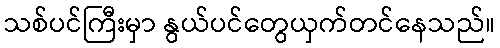
သစ်ပင်ကြီးမှာ နွယ်ပင်တွေယှက်တင်နေသည်။